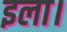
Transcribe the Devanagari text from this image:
इला।